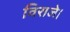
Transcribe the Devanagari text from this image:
विराजे।